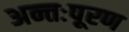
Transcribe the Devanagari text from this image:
अन्तःपूरण